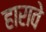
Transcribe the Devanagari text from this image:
हारावे